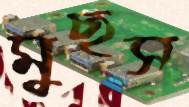
মুছস